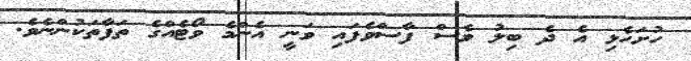
ހުށަހެޅި އެ ދެ ބިލު ވެސް ފާސްވެފައި ވަނީ އެންމެ ވޯޓެއްގެ ތަފާތަކުންނެވެ.